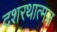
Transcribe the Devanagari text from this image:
दशरथात्मज